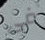
فى